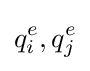
{q}_{i}^{e},{q}_{j}^{e}